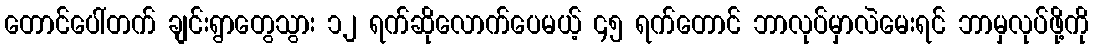
တောင်ပေါ်တက် ချင်းရွာတွေသွား ၁၂ ရက်ဆိုလောက်ပေမယ့် ၄၅ ရက်တောင် ဘာလုပ်မှာလဲမေးရင် ဘာမှလုပ်ဖို့ကို